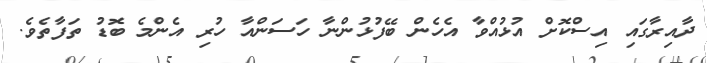
ދާއިރާގައި އިސްކޮށް އުޅުއްވާ އެހެން ބޭފުޅުންނާ ހަސަންއާ ހުރި އެންމެ ބޮޑު ތަފާތެވެ.